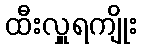
ထီးလှူရကျိုး